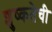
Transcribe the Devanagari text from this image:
शुष्कतेची